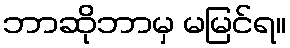
ဘာဆိုဘာမှ မမြင်ရ။